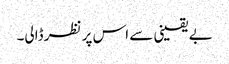
بے یقینی سے اس پر نظر ڈالی۔